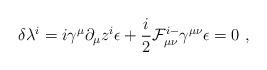
LaTeX: \begin{align*}\delta \lambda^{i} = i\gamma^\mu \partial_\mu z^i \epsilon+{i\over2} {\cal F}^{i-}_{\mu\nu}\gamma^{\mu\nu}\epsilon =0 \ ,\end{align*}